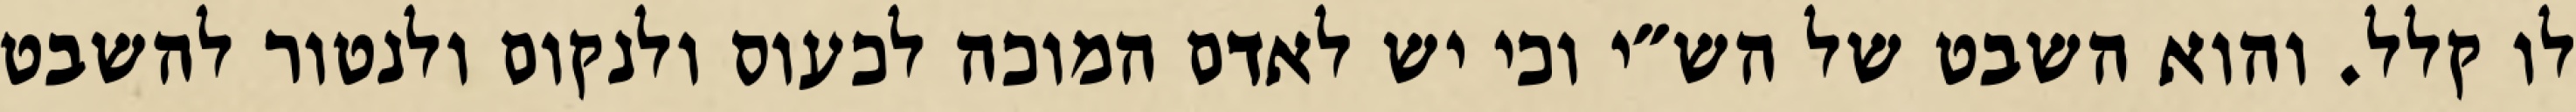
לו קלל. והוא השבט של הש״י וכי יש לאדם המוכה לכעוס ולנקום ולנטור להשבט